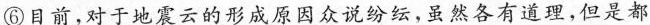
⑥目前，对于地震云的形成原因众说纷纭，虽然各有道理，但是都